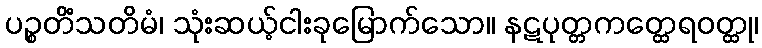
ပဉ္စတိံသတိမံ၊ သုံးဆယ့်ငါးခုမြောက်သော။ နဋပုတ္တကတ္ထေရဝတ္ထု၊